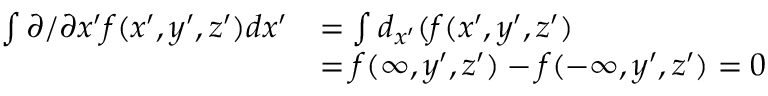
\begin{array} { r l } { \int \partial / \partial x ^ { \prime } f ( x ^ { \prime } , y ^ { \prime } , z ^ { \prime } ) d x ^ { \prime } } & { = \int d _ { x ^ { \prime } } ( f ( x ^ { \prime } , y ^ { \prime } , z ^ { \prime } ) } \\ & { = f ( \infty , y ^ { \prime } , z ^ { \prime } ) - f ( - \infty , y ^ { \prime } , z ^ { \prime } ) = 0 } \end{array}